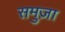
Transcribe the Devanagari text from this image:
समुज़ा